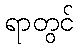
ရာတွင်